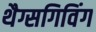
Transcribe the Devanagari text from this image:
थैग्सगिविंग